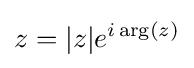
z=\vert z\vert e^{i\arg(z)}